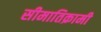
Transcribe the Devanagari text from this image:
सीमातिक्रामी